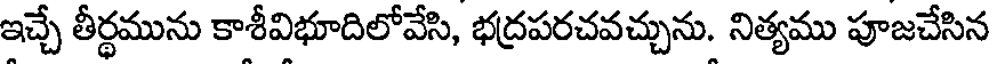
ఇచ్చే తీర్థమును కాశీవిభూదిలోవేసి, భద్రపరచవచ్చును. నిత్యము పూజచేసిన